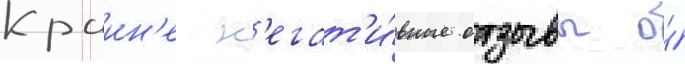
Краин'е н'егат'и́вные отзывы о́